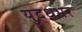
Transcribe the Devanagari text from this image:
युद्धभर